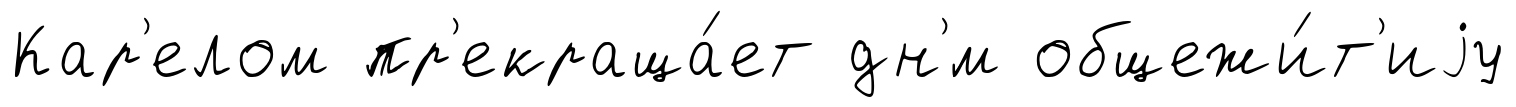
Кар'елом пр'екраща́ет дн'́м общежи́т'иjу